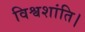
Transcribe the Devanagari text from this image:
विश्वशांति।